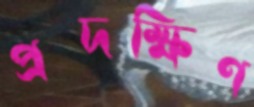
প্রদক্ষিণ